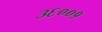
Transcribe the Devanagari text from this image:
३६००१